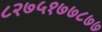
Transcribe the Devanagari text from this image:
८२७५१७७८७७